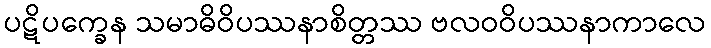
ပဋိပက္ခေန သမာဓိဝိပဿနာစိတ္တဿ ဗလဝဝိပဿနာကာလေ